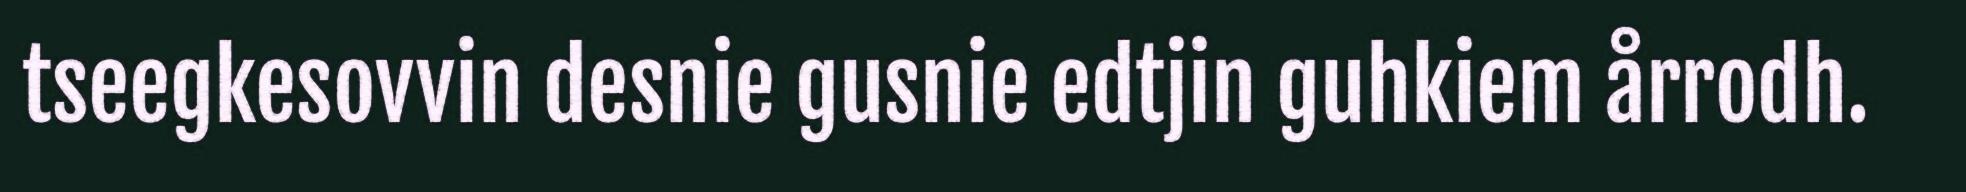
tseegkesovvin desnie gusnie edtjin guhkiem årrodh.